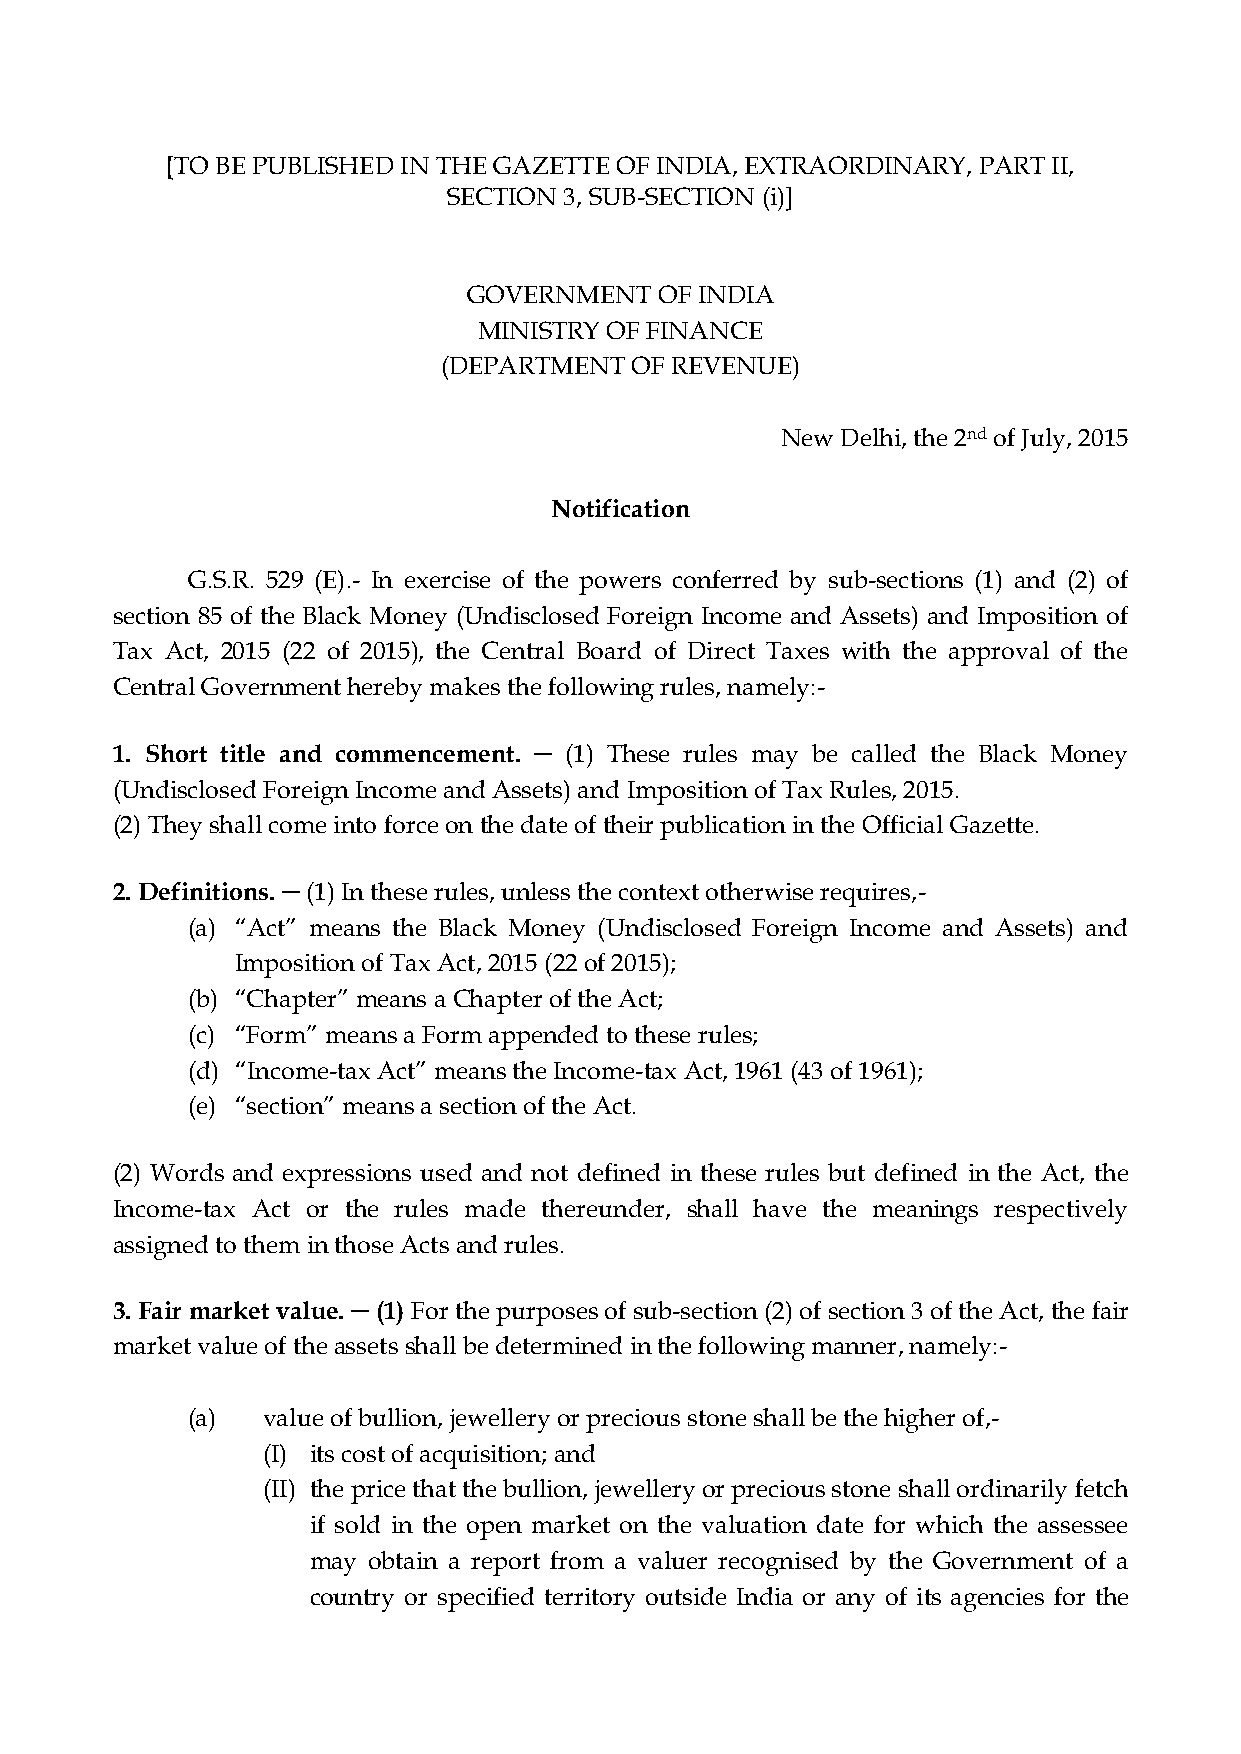
[TO BE PUBLISHED IN THE GAZETTE OF INDIA, EXTRAORDINARY, PART II,
 SECTION 3, SUB-SECTION (i)]
 GOVERNMENT   OF INDIA
 MINISTRY OF FINANCE
 (DEPARTMENT  OF REVENUE)
 New Delhi, the 2nd of July, 2015
 Notification
 G.S.R. 529 (E).- In exercise of the powers conferred by sub-sections (1) and (2) of
 section 85 of the Black Money (Undisclosed Foreign Income and Assets) and Imposition of
 Tax Act, 2015 (22 of 2015), the Central Board of Direct Taxes with the approval of the
 Central Government hereby makes the following rules, namely:-
 1. Short title and commencement. ─ (1) These rules may be called the Black Money
 (Undisclosed Foreign Income and Assets) and Imposition of Tax Rules, 2015.
 (2) They shall come into force on the date of their publication in the Official Gazette.
 2. Definitions. ─ (1) In these rules, unless the context otherwise requires,-
 (a) “Act” means the Black Money (Undisclosed Foreign Income and Assets) and
 Imposition of Tax Act, 2015 (22 of 2015);
 (b) “Chapter” means a Chapter of the Act;
 (c) “Form” means a Form appended to these rules;
 (d) “Income-tax Act” means the Income-tax Act, 1961 (43 of 1961);
 (e) “section” means a section of the Act.
 (2) Words and expressions used and not defined in these rules but defined in the Act, the
 Income-tax Act or the rules made thereunder, shall have the meanings respectively
 assigned to them in those Acts and rules.
 3. Fair market value. ─ (1) For the purposes of sub-section (2) of section 3 of the Act, the fair
 market value of the assets shall be determined in the following manner, namely:-
 (a)  value of bullion, jewellery or precious stone shall be the higher of,-
 (I) its cost of acquisition; and
 (II) the price that the bullion, jewellery or precious stone shall ordinarily fetch
 if sold in the open market on the valuation date for which the assessee
 may obtain a report from a valuer recognised by the Government of a
 country or specified territory outside India or any of its agencies for the